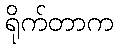
ရိုက်တာက